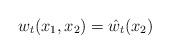
LaTeX: \begin{align*}w_t(x_1,x_2)=\hat{w}_t(x_2)\end{align*}